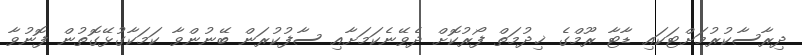
ދިރާސާކުރުމަށްޓަކައި ޑާޓާ ރޫމްގެ ޚިދުމަތް ފޯރުކޮށް ދެވޭނެކަމަށާއި ސާފުކުރަން ބޭނުންވާ ކަމަކާގުޅޭގޮތުން ފޮނުވާ